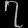
Digit: ၇